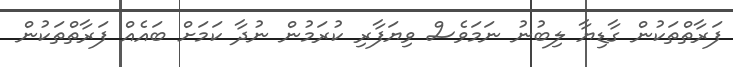
ފަރާތްތަކުން ގާޑިޔާ ލިބުނު ނަމަވެސް ވިޔަފާރި ކުރަމުން ނުދާ ކަމަށް ބައެއް ފަރާތްތަކުން